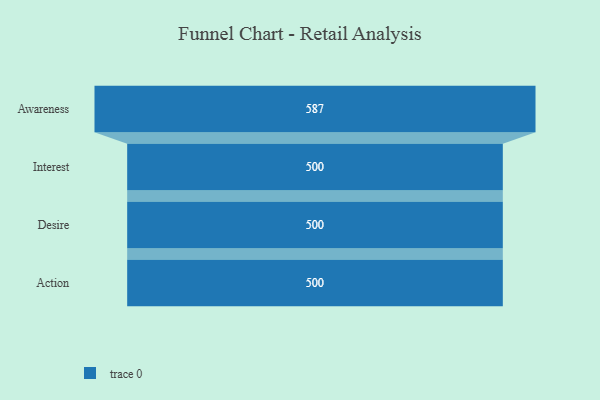
{"axis": {"x": "Stage", "y": "Value"}, "legend": [""], "data": [{"x": "Awareness", "y": 587.0, "type": ""}, {"x": "Interest", "y": 500, "type": ""}, {"x": "Desire", "y": 500, "type": ""}, {"x": "Action", "y": 500, "type": ""}]}